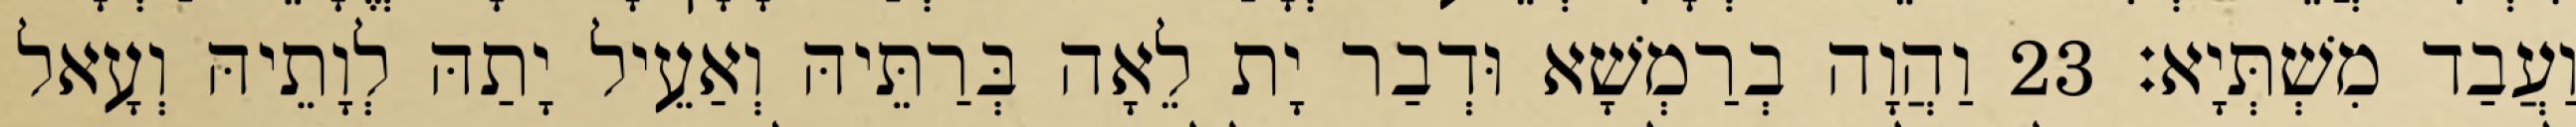
וַעֲבַד מִשְׁתְּיָא׃ 23 וַהֲוָה בְרַמְשָׁא וּדְבַר יָת לֵאָה בְּרַתֵּיהּ וְאַעֵיל יָתַהּ לְוָתֵיהּ וְעָאל